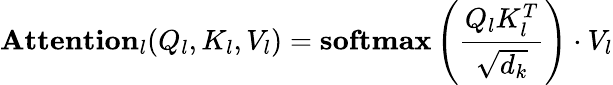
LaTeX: \textbf{Attention}_{l}(Q_{l},K_{l},V_{l})=\textbf{softmax}\left(\frac{Q_{l}K_{l}^{T}}{\sqrt{d_{k}}}\right)\cdot V_{l}